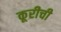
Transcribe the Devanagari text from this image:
कूरीची